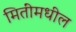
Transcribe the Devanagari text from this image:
मितींमधील